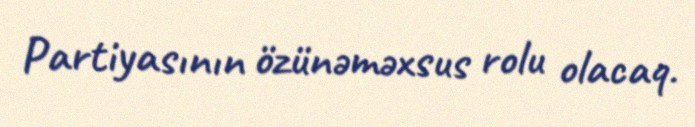
Partiyasının özünəməxsus rolu olacaq.